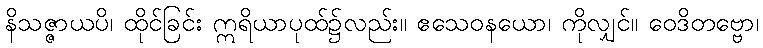
နိသဇ္ဇာယပိ၊ ထိုင်ခြင်း ဣရိယာပုထ်၌လည်း။ ဧသေဝနယော၊ ကိုလျှင်။ ဝေဒိတဗ္ဗော၊